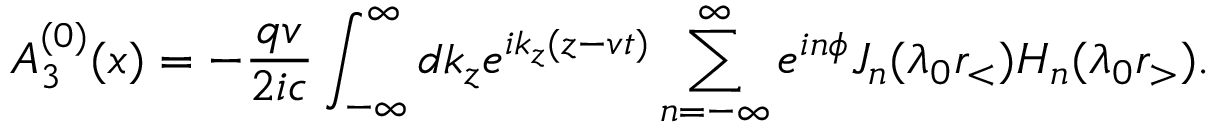
A _ { 3 } ^ { ( 0 ) } ( x ) = - \frac { q v } { 2 i c } \int _ { - \infty } ^ { \infty } d k _ { z } e ^ { i k _ { z } ( z - v t ) } \sum _ { n = - \infty } ^ { \infty } e ^ { i n \phi } J _ { n } ( \lambda _ { 0 } r _ { < } ) H _ { n } ( \lambda _ { 0 } r _ { > } ) .